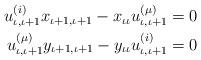
LaTeX: \begin{align*}\begin{aligned} u_{\iota,\iota+1}^{(i)}x_{\iota+1,\iota+1} - x_{\iota\iota}u_{\iota,\iota+1}^{(\mu)} &= 0 \\ u_{\iota,\iota+1}^{(\mu)}y_{\iota+1,\iota+1} - y_{\iota\iota}u_{\iota,\iota+1}^{(i)} &= 0 \\ \end{aligned} \end{align*}